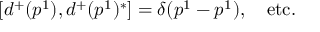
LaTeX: [ d ^ { + } ( p ^ { 1 } ) , d ^ { + } ( p ^ { 1 } ) ^ { * } ] = \delta ( p ^ { 1 } - p ^ { 1 } ) , \quad \mathrm { e t c . }